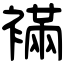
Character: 襔